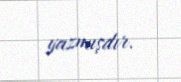
yazmışdır.